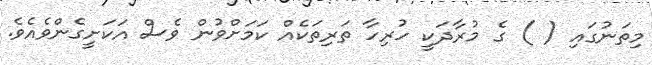
މިތަނުގައި ( ) ގެ މުރާދަކީ ހުރިހާ ތަރިތަކެއް ކަމަށްވުން ވެސް އަކަށީގެންވެއެވެ.